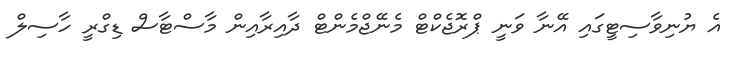
އެ ޔުނިވާސިޓީގައި އޭނާ ވަނީ ޕްރޮޖެކްޓް މެނޭޖްމެންޓް ދާއިރާއިން މާސްޓާސް ޑިގްރީ ހާސިލް